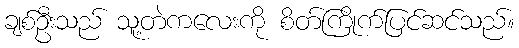
ချစ်ဦးသည် သူ့တဲကလေးကို စိတ်ကြိုက်ပြင်ဆင်သည်။